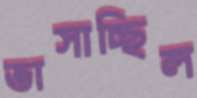
ভাসাচ্ছিল